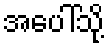
အပေါ်သို့